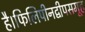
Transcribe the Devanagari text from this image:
है।फिलिपीनद्वीपसमूह